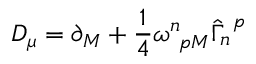
D _ { \mu } = \partial _ { M } + \frac { 1 } { 4 } \omega _ { ~ p M } ^ { n } \hat { \Gamma } _ { n } ^ { ~ p }